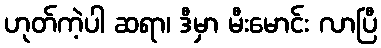
ဟုတ်ကဲ့ပါ ဆရာ၊ ဒီမှာ မီးမောင်း လာပြီ